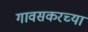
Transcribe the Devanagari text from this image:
गावसकरच्या